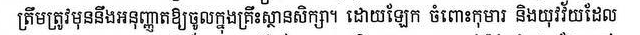
ត្រឹមត្រូវមុននឹងអនុញ្ញាតិឲ្យចូលក្នុងគ្រឹះស្ថានសិក្សា។ ដោយឡេក ចំពោះកុមារ និងយុវវ័យដែល